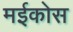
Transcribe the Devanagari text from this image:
मईकोस